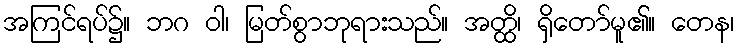
အကြင်ရပ်၌။ ဘဂ ဝါ၊ မြတ်စွာဘုရားသည်။ အတ္ထိ၊ ရှိတော်မူ၏။ တေန၊